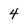
Character: 4